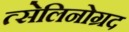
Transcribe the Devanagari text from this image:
त्सेलिनोग्रद